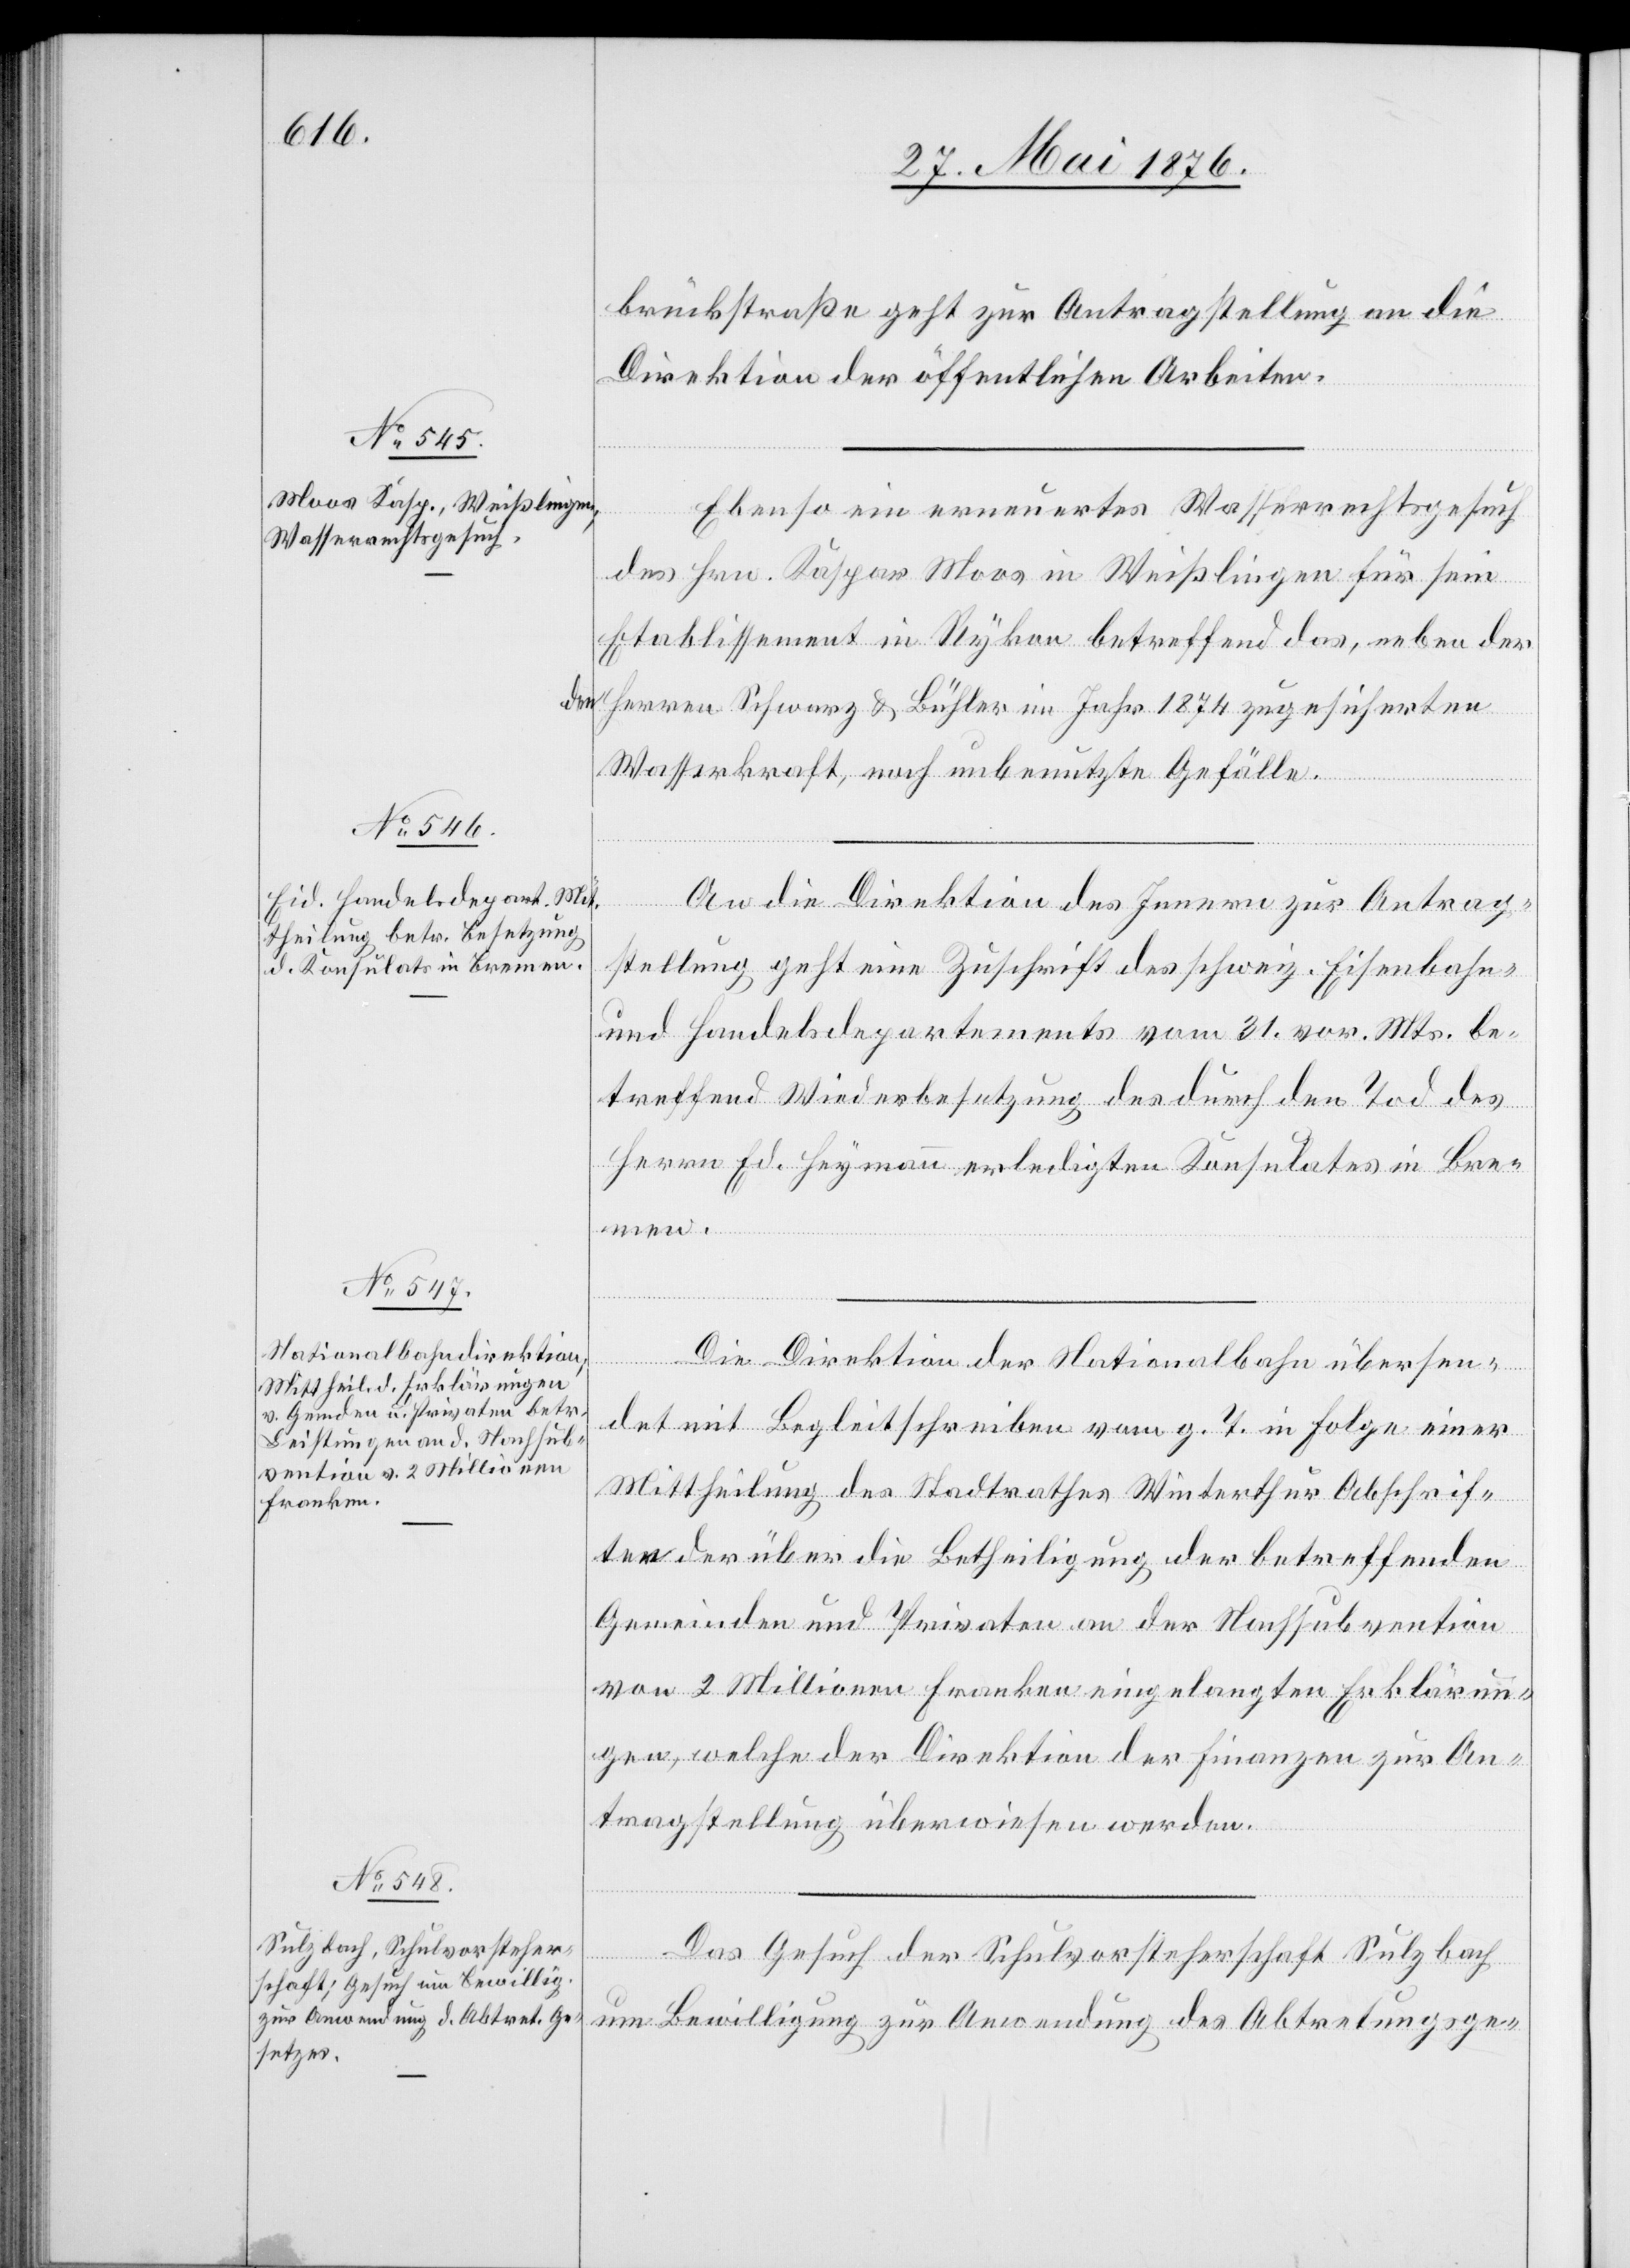
2. Juni 1876.]
brückstraße geht zur Antragstellung an die
Direktion der öffentlichen Arbeiten.
Ebenso ein erneuertes Wasserrechtsgesuch
des Hrn. Kaspar Moos in Weißlingen für sein
Etablissement in Rykon betreffend das, neben der
den Herren Schwarz und Bühler in Jahr 1874 zugesicherten
Wasserkraft, noch unbenutzte Gefälle.
An die Direktion des Innern zur Antrag¬
stellung geht eine Zuschrift des schweiz. Eisenbahn-
und Handelsdepartement vom 31. vor. Mts. be¬
treffend Wiederbenutzung des durch den Tod des
Herrn Ed. Heymann erledigten Konsulates in Bre¬
men.
Die Direktion der Nationalbahn übersen¬
det mit Begleitschreiben vom g. T. in Folge einer
Mittheilung des Stadtrathes Winterthur Abschrif¬
ten der über die Betheiligung der betreffenden
Gemeinden und Privaten an der Nachsubvention
von 2 Millionen Franken eingelangten Erklärun¬
gen, welche der Direktion der Finanzen zur An¬
tragstellung überwiesen werden.
Das Gesuch der Schulvorsteherschaft Sulzbach
um Bewilligung zur Anwendung des Abtretungsge-